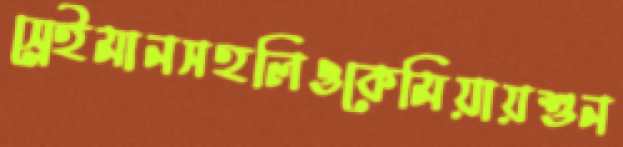
স্লেইমানসহলিওকেমিয়ায়শুন